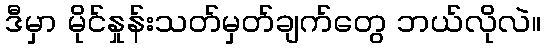
ဒီမှာ မိုင်နှုန်းသတ်မှတ်ချက်တွေ ဘယ်လိုလဲ။